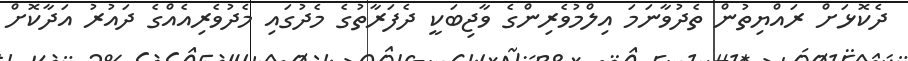
ދެކޮޅަށް ރައްޔިތުން ތެދުވާނަމަ އިލްމުވެރިންގެ ވާޖިބަކީ ދެފަރާތުގެ މެދުގައި މެދުވެރިއެއްގެ ދައުރު އަދާކޮށް